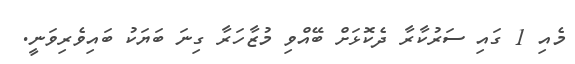
މެއި 1 ގައި ސަރުކާރާ ދެކޮޅަށް ބޭއްވި މުޒާހަރާ ގިނަ ބަޔަކު ބައިވެރިވަނީ.